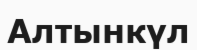
Алтынкүл